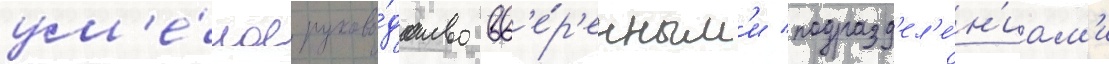
ум'е́лое руково́дство вв'е́р'енным'и подразд'ел'е́н'иам'и